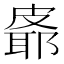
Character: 𪾉